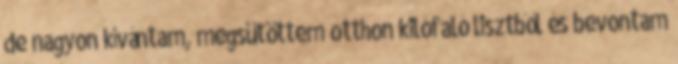
de nagyon kívántam, megsütöttem otthon kilófaló lisztből és bevontam